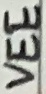
Text: VEE